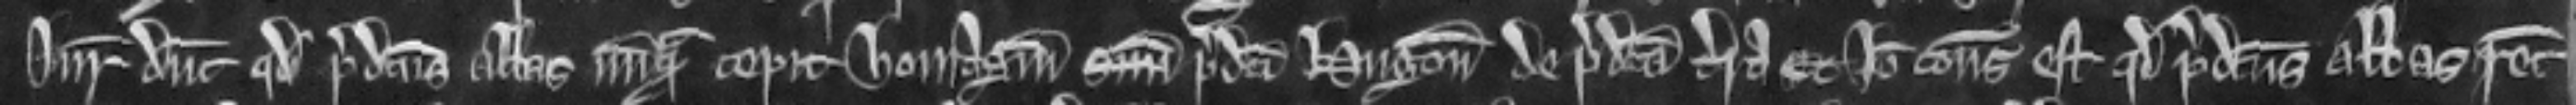
Juratores dicunt quod predictus Abbas nunquam cepit homagium suum predicti Hugonis de predicta terra. Et ideo consideratum est quod predictus Abbas recuperet